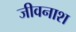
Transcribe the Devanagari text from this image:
जीवनाश